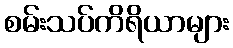
စမ်းသပ်ကိရိယာများ